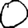
Digit: 0